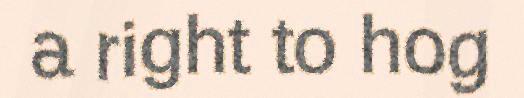
a right to hog